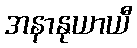
အနာနုယာယီ